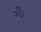
ગીતના